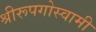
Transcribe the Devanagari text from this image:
श्रीरूपगोस्वामी